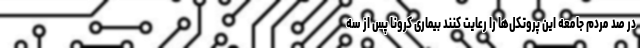
در صد مردم جامعه این پروتکل‌ها را رعایت کنند بیماری کرونا پس از سه